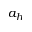
a _ { h }